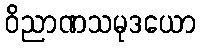
ဝိညာဏသမုဒယော